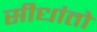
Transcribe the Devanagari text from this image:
सीधांतो